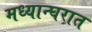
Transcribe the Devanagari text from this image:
मध्यान्घरात